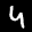
Label: 4